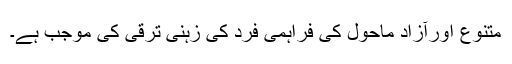
متنوع اورآزاد ماحول کی فراہمی فرد کی زہنی ترقی کی موجب ہے۔